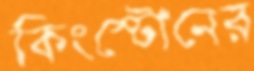
কিংস্টোনের